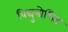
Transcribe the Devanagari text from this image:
विद्युत्रोधित